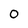
Character: 0